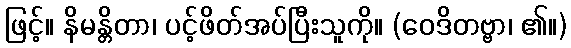
ဖြင့်။ နိမန္တိတာ၊ ပင့်ဖိတ်အပ်ပြီးသူကို။ (ဝေဒိတဗ္ဗာ၊ ၏။)